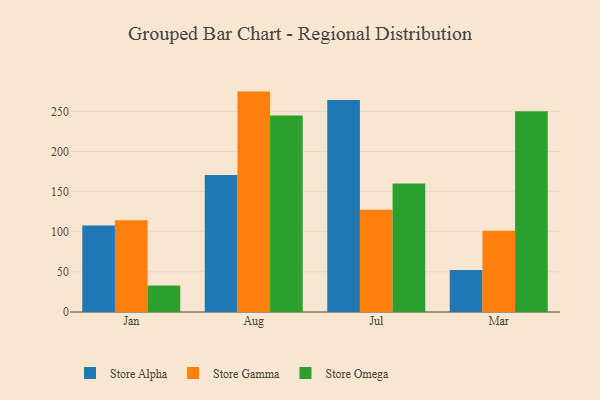
{"axis": {"x": "Month", "y": "Inventory Turnover"}, "legend": ["Store Alpha", "Store Gamma", "Store Omega"], "data": [{"x": "Jan", "y": 107.8, "type": "Store Alpha"}, {"x": "Jan", "y": 114.3, "type": "Store Gamma"}, {"x": "Jan", "y": 33.0, "type": "Store Omega"}, {"x": "Aug", "y": 170.7, "type": "Store Alpha"}, {"x": "Aug", "y": 274.6, "type": "Store Gamma"}, {"x": "Aug", "y": 244.8, "type": "Store Omega"}, {"x": "Jul", "y": 264.1, "type": "Store Alpha"}, {"x": "Jul", "y": 127.5, "type": "Store Gamma"}, {"x": "Jul", "y": 160.0, "type": "Store Omega"}, {"x": "Mar", "y": 52.4, "type": "Store Alpha"}, {"x": "Mar", "y": 101.1, "type": "Store Gamma"}, {"x": "Mar", "y": 250.2, "type": "Store Omega"}]}